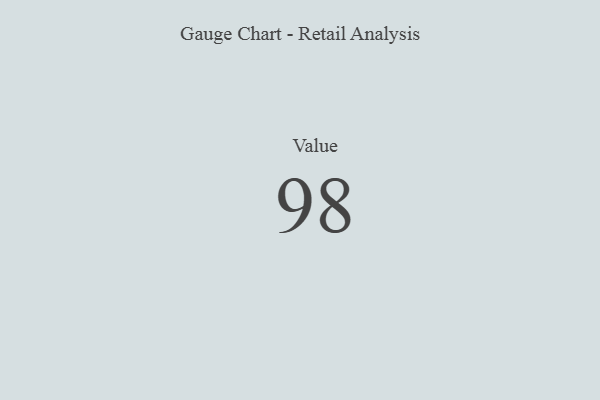
{"axis": {"x": "Metric", "y": "Value"}, "legend": [""], "data": [{"x": "Value", "y": 98, "type": ""}]}